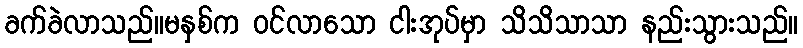
ခက်ခဲလာသည်။မနှစ်က ဝင်လာသော ငါးအုပ်မှာ သိသိသာသာ နည်းသွားသည်။